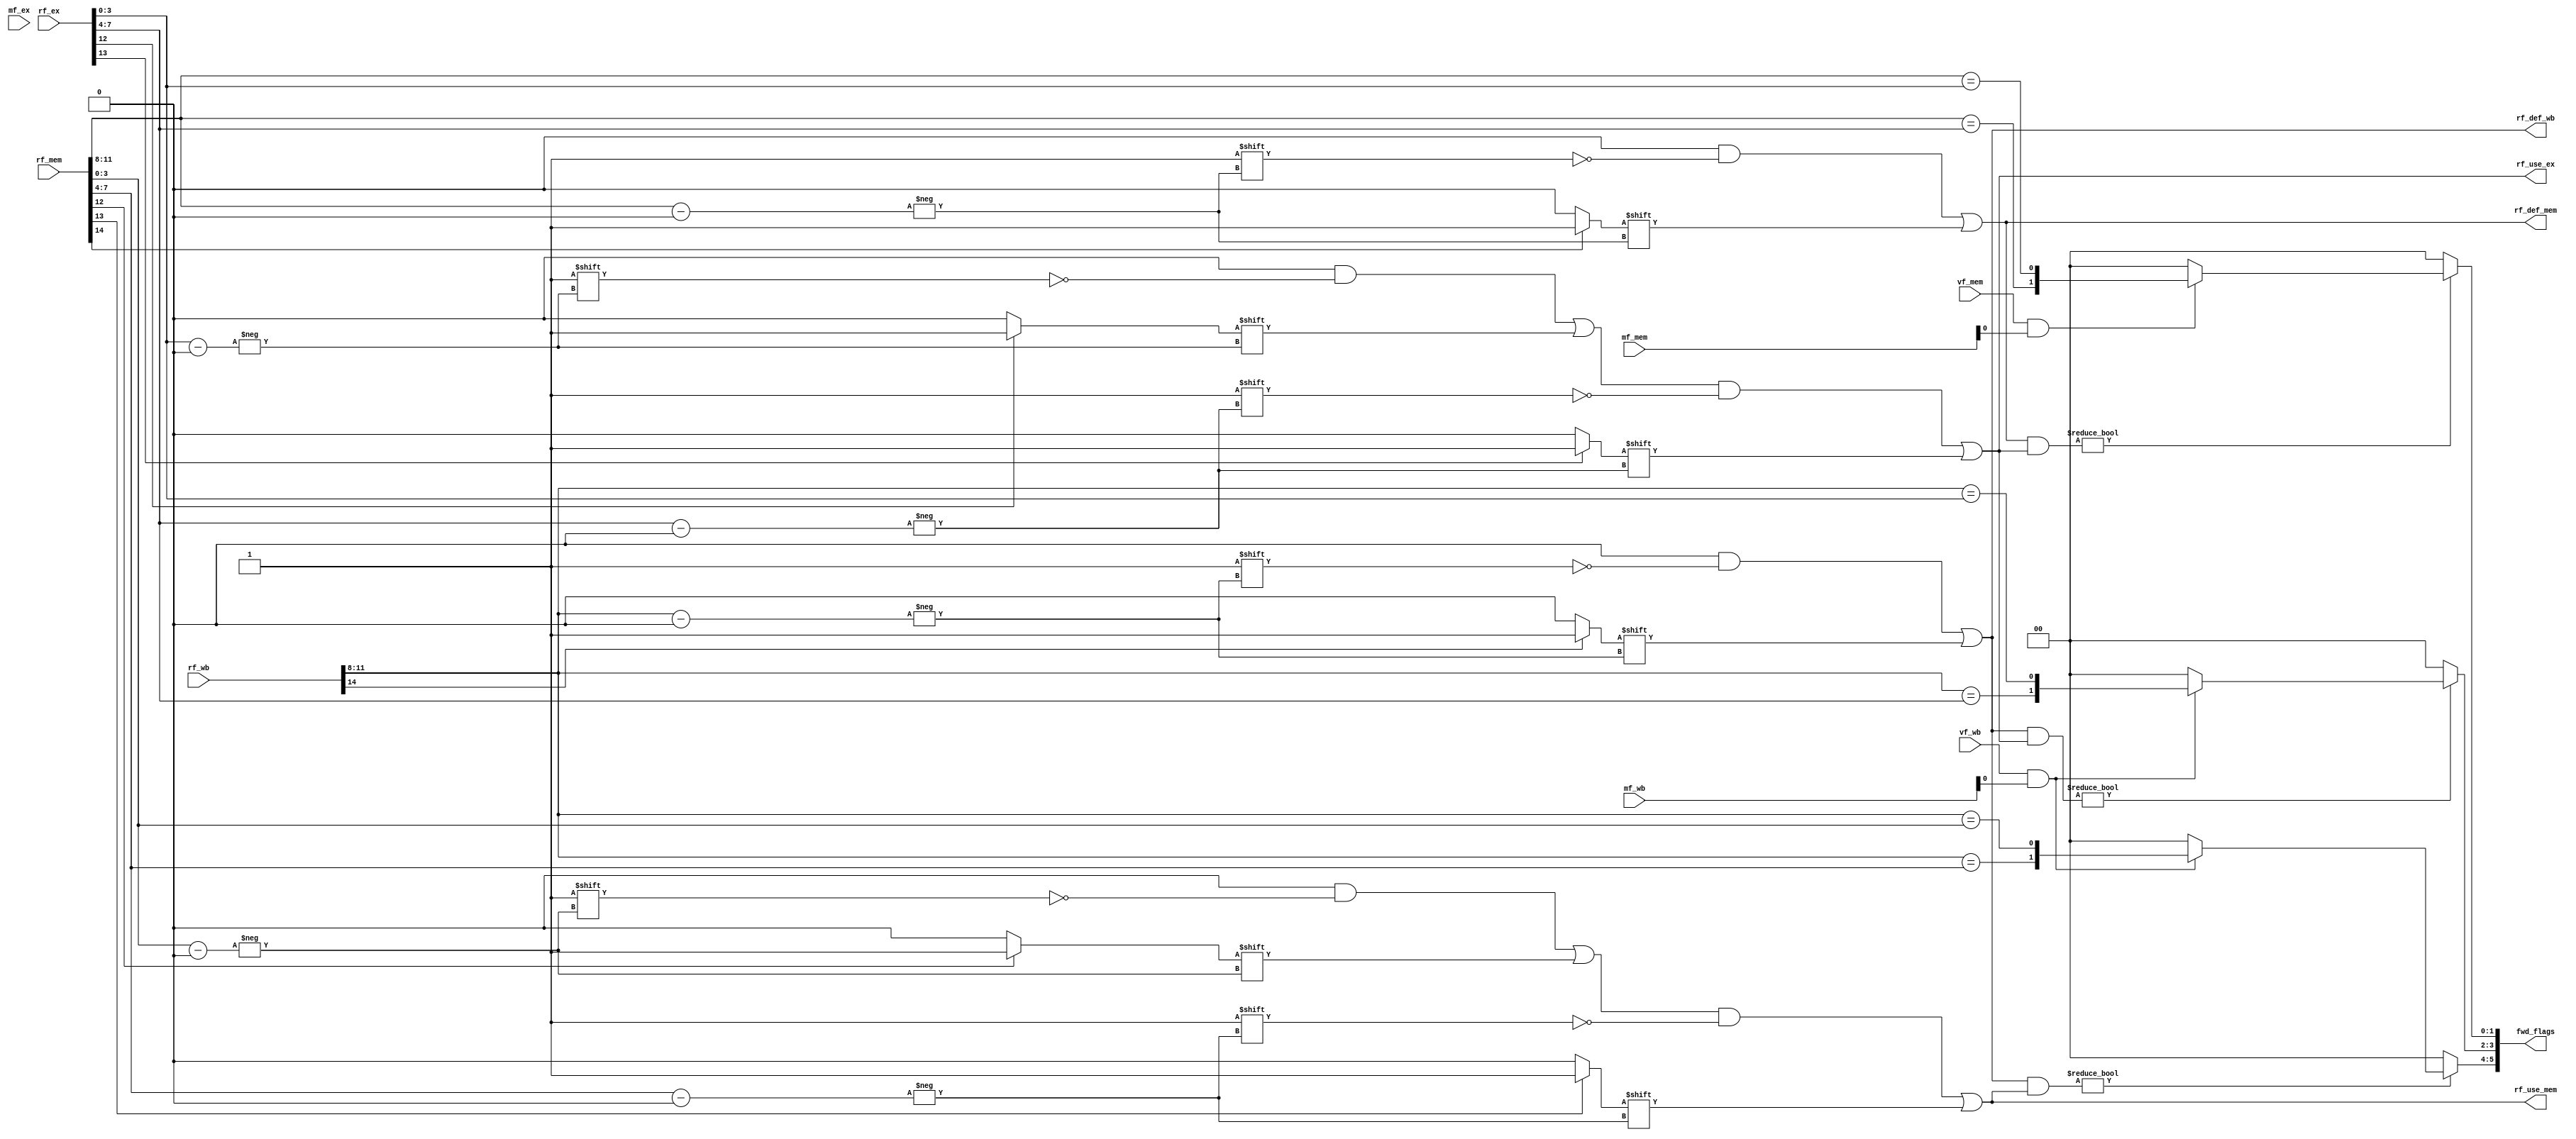
module hazard_detect(
    input wire [7:0] mf_ex, mf_mem, mf_wb,
    input wire [(3*reg_addr_width+3)-1:0] rf_ex, rf_mem, rf_wb,
    input wire vf_mem, vf_wb,

    output wire [5:0] fwd_flags,
    output reg [nreg-1:0] rf_use_ex, rf_use_mem,
    output reg [nreg-1:0] rf_def_mem, rf_def_wb 
);
parameter nreg = 16;
parameter reg_addr_width = 4;
/*
hazard_detect.v
    rf_use, rf_def: 16-bit registers that denote which registers are currently being used and defined
    mf_ex, mf_mem, mf_wb: 8-bit status registers from instruction decode
    rf_ex, rf_mem, rf_wb: 12-bit wires (4 bits per register) that records the Rd, Rn, Rm in each pipeline stage.
*/

/*
Hazard detect implements the combinational logic to create route bypasses in the system. 
In order to detect hazards, we implement the idea of use-define.
    A user is a register whose value is used in another computation. Users are referenced
    as Rn and Rm which are the two register read addresses entered into the register file

    A definer is a register whose value is the result of a computation. Defines are assigned during
    the writeback state and are referenced as Rd. They are are the registers entered as rf_ws, the 
    write address on the register file.

A hazard occurs when there is a use-define conflict. We define a use-define conflict as when something
that is being defined (in the pipeline) is used by subsequent instructions. Since the writeback for the
defined register has not occurred yet, we need to forward the result or create a bypass so that the value
can be used correctly for the next instruction.

However, not all values are used and some values get squashed mid-way through the pipeline. We must consider 
those conditions. A simple example might be the no-output comparison instructions such as TST. TST computes
the AND operation between two register values, however it has no output. The instruction decode must always 
assign the register addresses and so Rd defaults to 0. However, since Rd is never actually used, it should 
not be marked as a define register.

Conditions for use-define to be assigned/de-assigned:
  1. Use
    Each bit in the use register represents one register index. The register index (0-15) is assigned 
    only when the register is properly assigned. 
      Rn - Always assigned
      Rm - Assigned if not immediate and not load.

There are three types of bypass that are needed:
    1. Sequential Data Processing Relationship
        ALU     -     MEM     -     WB
        ADD(R5)      ADD(R4)     ADD(R1)
        ADD R1, R2, R3
        ADD R4, R1, R2
        ADD R5, R1, R2
      In the above two instructions, R1 is defined in the first instruction as R1 = R2 + R3.
      However, R1 is not assigned as R2 + R3 until 5 cycles later when the writeback occurs.
      Therefore, we need to identify this hazard and forward the ALU result of R2 + R3 back into 
      the appropriate ALU input so that R4 = R1 + R2 can use the correct value.

      What about
        ADD R1, R2, R3
        ADD R1, R1, R2   

    2. Load + Data Processing Relationship
        LDR R1, [R4]    // R1 = mem[R4]
        ADD R2, R3, R1  // R2 = R3 + R1
        EX  -  MEM  -  WB
        ADD   >NOP<   LDR
      For a load + data processing hazard, there are needs to be two cycles between the load and add instructions.
      Since we cannot add combinational logic in the memory module as that will cause the design to wrap and
      use significantly more logical units, we have to place the bypass during the WB stage to the EX stage. 
      Therefore, we must delay the earlier stages of the pipeline by 1 clock cycle and perform a bypass.
      
    3. Load/Store Processing Relationship or Store + Data Processing
        LDR R1, [R4]  // R1 = mem[R4]
        STR R1, [R2]  or  STR R3, [R1]
        MEM - WB
        STR   LDR
      For a load + store processing relationship, we need to add a bypass from the WB stage to the MEM stage.
      In first example, we are loading a value from memory address R4 to R1. Then, we are storing then value
      from R1 to memory address R2. This requires a bypass from the WB stage to the MEM stage as the new data in R1 
      is needed as the write data input to the memory module. In the second example, we are using the value in R1 as
      the address for the memory store. Similarly, we need to add a bypass from the WB stage to the MEM stage for this 
      case as well.

        ADD R1, R2, R3
        STR R1, [R4] or STR R4, [R1]
      In this case too, we need to take the writeback result (for the add) and bypass the result from the
      WB to the MEM stage.

      Load Conditions

      > Load-Store
      - - IF - ID - EX - MEM - WB
      0	  LD
      1	  ST	 LD
      2   ??	 ST   LD 
      Increment PC (2) if LD_EX and ST_ID

      > Load-Other
      - - IF - ID - EX - MEM - WB
      0	  LD
      1	  I1	 LD
      2   I2	 I1   LD 
      3	  I2 	 I1   I1X  LD
      Freeze PC (2) if LD_EX and not ST_ID
      Feed I1 back through
*/
  // reg [nreg-1:0] rf_use_ex, rf_use_mem;
  // reg [nreg-1:0] rf_def_mem, rf_def_wb; 
always @(*) begin
  // Defaults
  rf_use_ex = 16'b0;
  rf_use_mem = 16'b0;

  rf_def_mem = 16'b0;
  rf_def_wb = 16'b0;
  // Assign 1 is register is written (bits 14-12)
  //           14     13   12   8   4   0
  // rf_* = {Rw_d, Rw_n, Rw_m, Rd, Rn, Rm}
  rf_use_ex[rf_ex[3:0]] = rf_ex[12] ? 1'b1 : 1'b0;   // Rm_EX
  rf_use_ex[rf_ex[7:4]] = rf_ex[13] ? 1'b1 : 1'b0;   // Rn_EX
  rf_use_mem[rf_mem[3:0]] = rf_mem[12] ? 1'b1 : 1'b0;  // Rm_MEM
  rf_use_mem[rf_mem[7:4]] = rf_mem[13] ? 1'b1: 1'b0;  // Rn_MEM
  // rf_use[rf_wb[3:0]] <= 1'b1;   // Rm_WB
  // rf_use[rf_wb[7:4]] <= 1'b1;   // Rn_WB

  // rf_def[rf_ex[11:8]] <= 1'b1;  // Rd_EX
  rf_def_mem[rf_mem[11:8]] = rf_mem[14] ? 1'b1 : 1'b0; // Rd_MEM
  rf_def_wb[rf_wb[11:8]] = rf_wb[14] ? 1'b1 : 1'b0;  // Rd_WB

  /* Forwarding Cases
    MEM -> EX
    WB -> EX
    WB -> MEM
  */
end

  reg [1:0] fwd_mem_ex, fwd_wb_ex, fwd_wb_mem;
always @(*) begin
  fwd_mem_ex = 2'b0;
  fwd_wb_ex = 2'b0;
  fwd_wb_mem = 2'b0;
  // If def-use AND is non-zero -> conflict

  // mf_* = {BLS, BS, 0, DPF, MWE, WBS, IS, RFWE}
  // vf_* = Valid result at *

  // MEM -> EX
  if (rf_def_mem & rf_use_ex) begin
    fwd_mem_ex = vf_mem & mf_mem[0] ? // Valid Mem result and writing to reg file
              {rf_mem[11:8] == rf_ex[7:4], rf_mem[11:8] == rf_ex[3:0]} : 
              2'b0;
  end
  
  // WB -> EX
  if (rf_def_wb & rf_use_ex) begin
    fwd_wb_ex = vf_wb & mf_wb[0] ?  // Valid wb result and writing to reg file
              {rf_wb[11:8] == rf_ex[7:4], rf_wb[11:8] == rf_ex[3:0]} : 
              2'b0;
  end

  // WB -> MEM
  if (rf_def_wb & rf_use_mem) begin
    fwd_wb_mem = vf_wb & mf_wb[0] ? // Valid wb result and writing to reg file
              {rf_wb[11:8] == rf_mem[7:4], rf_wb[11:8] == rf_mem[3:0]} : 
              2'b0;
  end

end

assign fwd_flags = {fwd_wb_mem, fwd_wb_ex, fwd_mem_ex};
endmodule